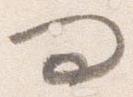
問